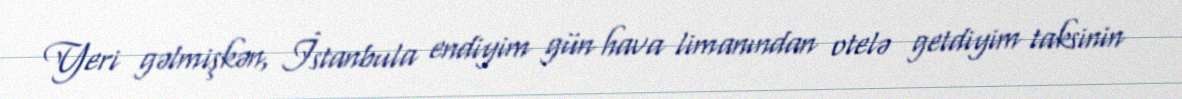
Yeri gəlmişkən, İstanbula endiyim gün hava limanından otelə getdiyim taksinin